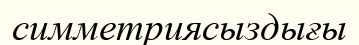
симметриясыздығы